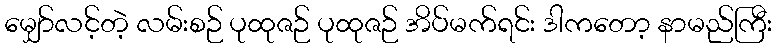
မျှော်လင့်တဲ့ လမ်းစဉ် ပုထုဇဉ် ပုထုဇဉ် အိပ်မက်ရင်း ဒါကတော့ နာမည်ကြီး